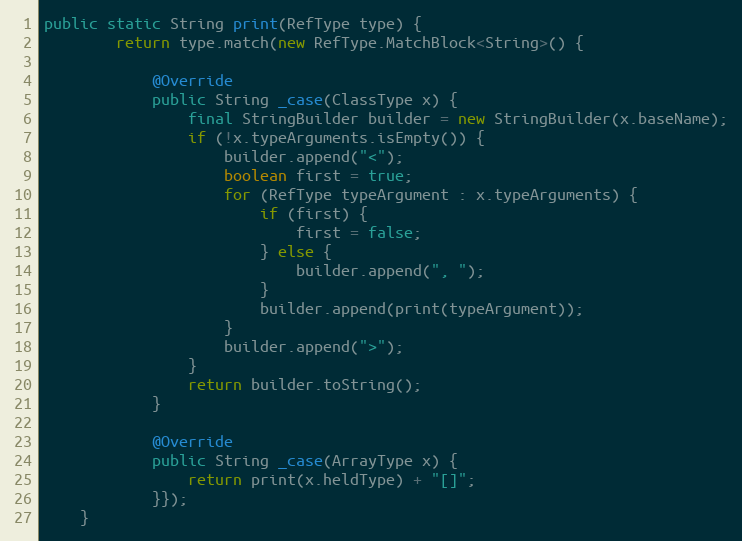
Language: Java
public static String print(RefType type) {
        return type.match(new RefType.MatchBlock<String>() {

            @Override
            public String _case(ClassType x) {
                final StringBuilder builder = new StringBuilder(x.baseName);
                if (!x.typeArguments.isEmpty()) {
                    builder.append("<");
                    boolean first = true;
                    for (RefType typeArgument : x.typeArguments) {
                        if (first) {
                            first = false;
                        } else {
                            builder.append(", ");
                        }
                        builder.append(print(typeArgument));
                    }
                    builder.append(">");
                }
                return builder.toString();
            }

            @Override
            public String _case(ArrayType x) {
                return print(x.heldType) + "[]";
            }});
    }